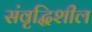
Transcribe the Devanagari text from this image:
संवृद्धिशील